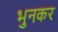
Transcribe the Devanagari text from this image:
भुनकर